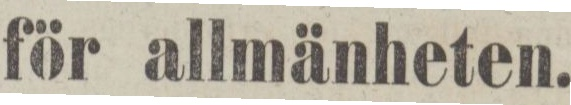
Våg för allmänheten.